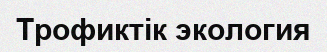
Трофиктік экология